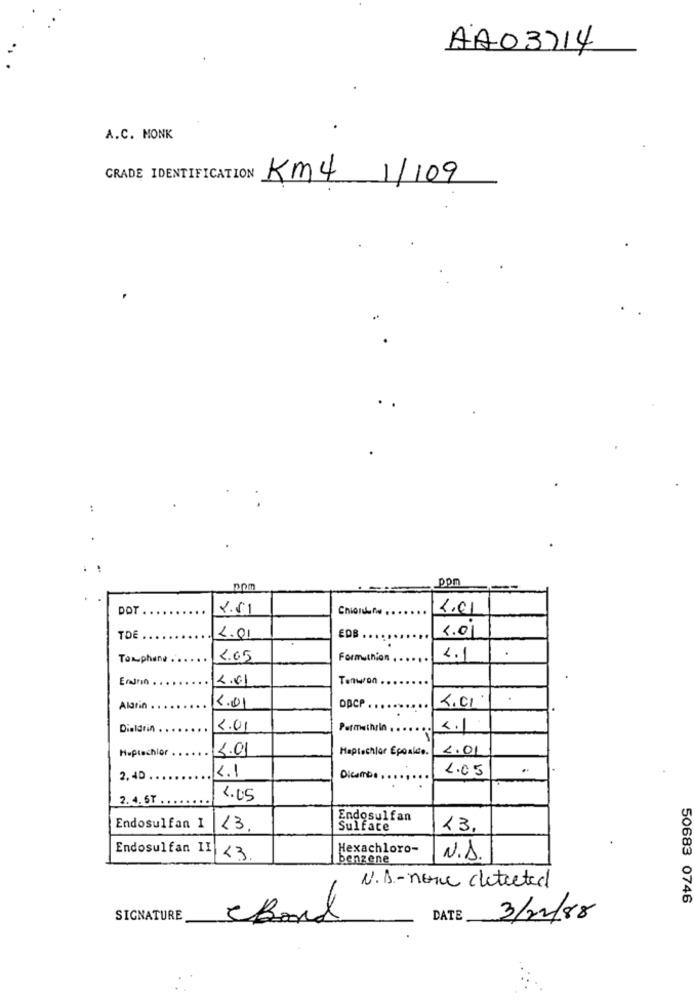
AA03714
A.C. MONK
GRADE IDENTIFICATION KM4 1/109
..
pom
DOM
DOT
Chiendone.
1.01
4.01
TDE
L.01
EDB ..
To phane ..
2.05
Formuthion
4.1
4.61
Tanwon .
1.0
Alarin
DACP
Dialdrin
2.01
Permethrin
4.1
Huptachlor
5.01
Haptechlor Epoalde.
2.01
K.1
1.05
2,40
Dicombe
2.4. 6T ..
1.45
Endosulfan
Endosulfan I
13
Sulfate
23.
Endosulfan II
Hexachloro-
23
benzene
N.A.
N.A .- none detected
50683 0746
SIGNATURE
DATE
3/12/88